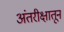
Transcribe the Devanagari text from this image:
अंतरीक्षातून